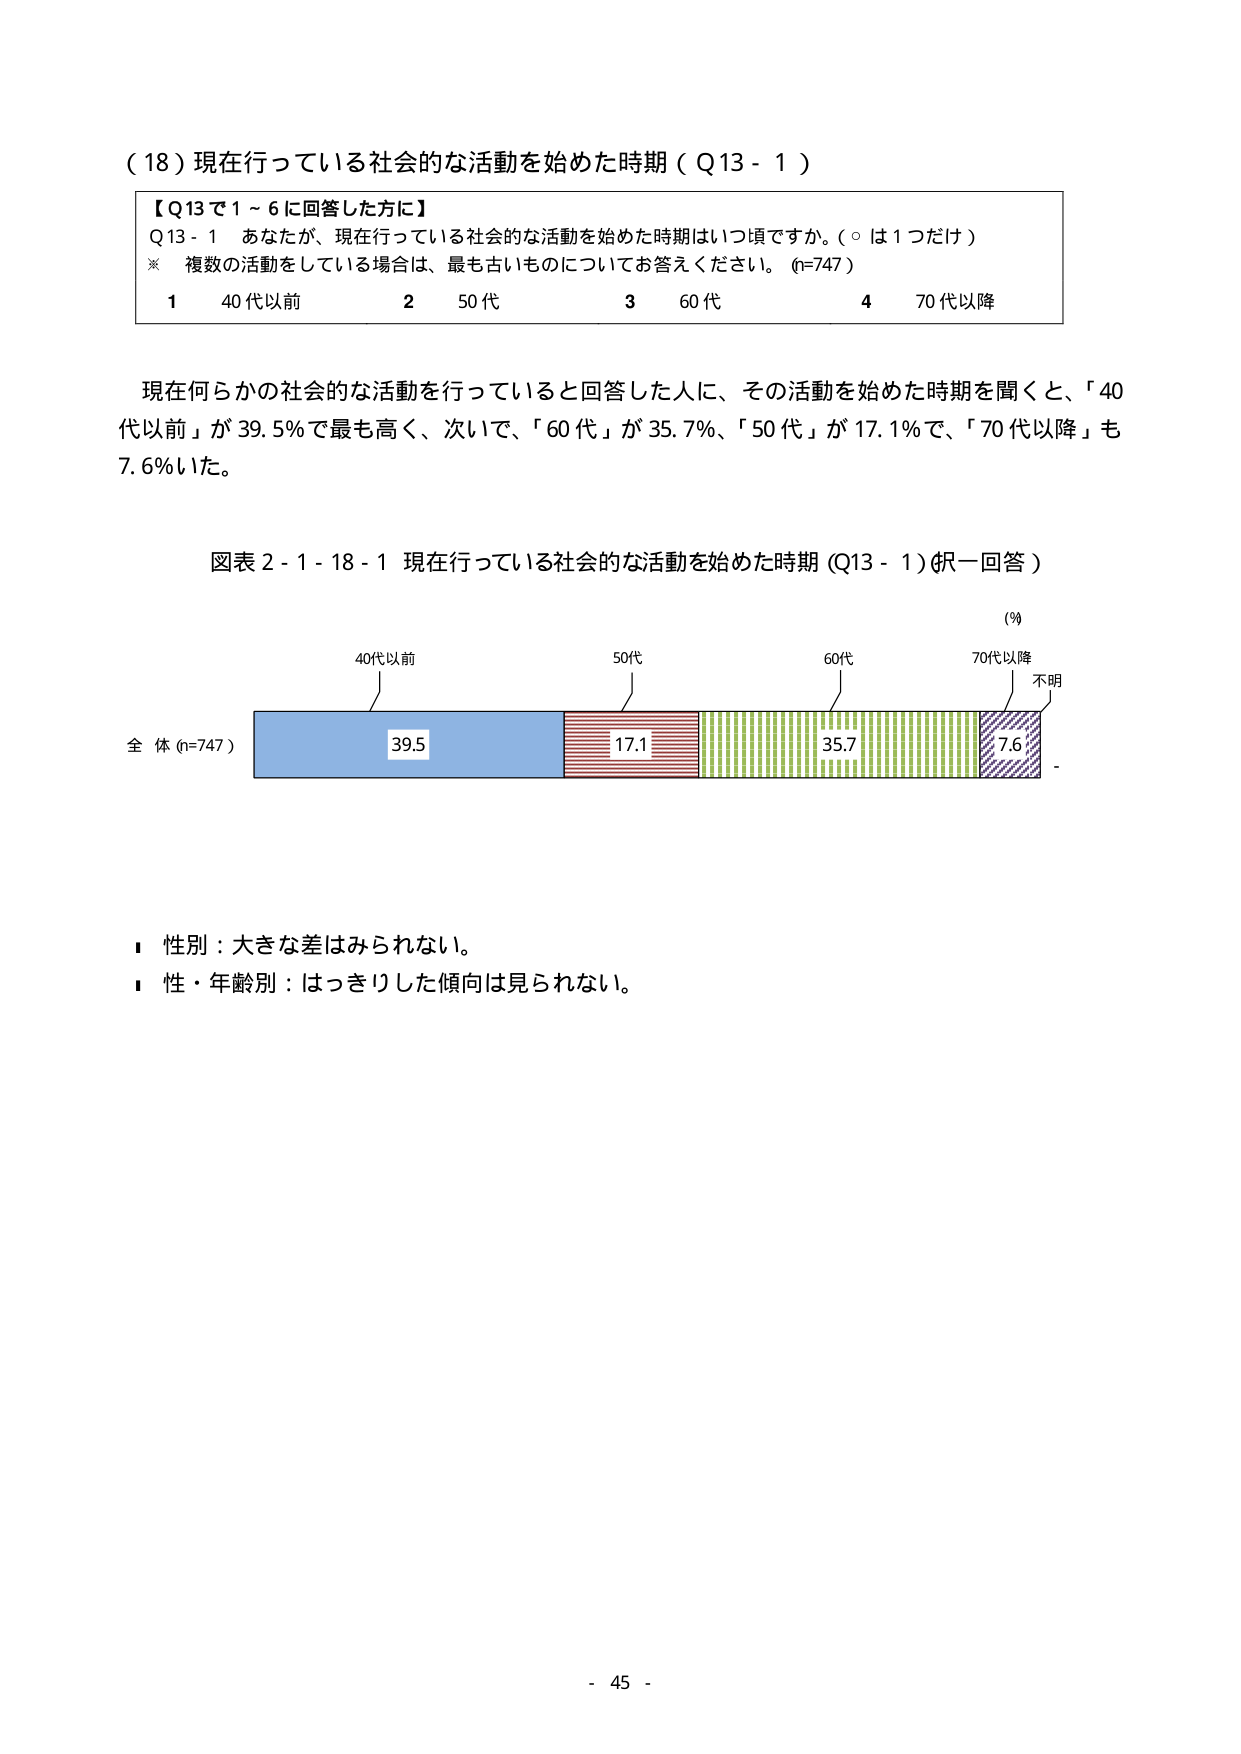
（18）現在行っている社会的な活動を始めた時期（Q13-1）

【Q13で1～6に回答した方に】
Q13-1 あなたが、現在行っている社会的な活動を始めた時期はいつ頃ですか。（○は1つだけ）
※ 複数の活動をしている場合は、最も古いものについてお答えください。（n=747）
1 40代以前
2 50代
3 60代
4 70代以降

現在何らかの社会的な活動を行っていると回答した人に、その活動を始めた時期を聞くと、「40代以前」が39.5％で最も高く、次いで、「60代」が35.7％、「50代」が17.1％で、「70代以降」も7.6％いた。

図表2-1-18-1 現在行っている社会的な活動を始めた時期（Q13-1）（択一回答）

（％）
40代以前
50代
60代
70代以降
不明

全体（n=747）
39.5
17.1
35.7
7.6

■ 性別：大きな差はみられない。
■ 性・年齢別：はっきりした傾向は見られない。

- 45 -